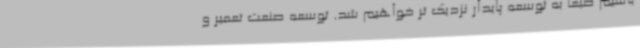
باشیم طبعا به توسعه پایدار نزدیک تر خواهیم شد. توسعه صنعت تعمیر و